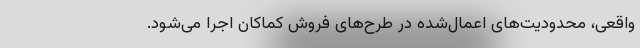
واقعی، محدودیت‌های اعمال‌شده در طر‌ح‌های فروش کماکان اجرا می‌شود.